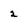
Character: 2